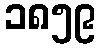
၁၈၅၉